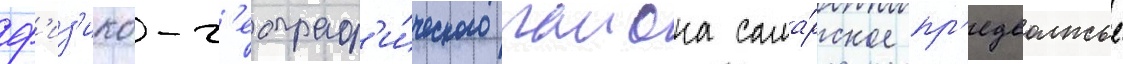
ф'из'ико-г'еограф'и́ческого раиона сама́рское пр'едволжье